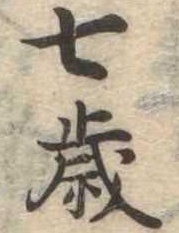
七歳